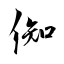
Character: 倁